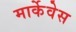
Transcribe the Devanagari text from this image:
मार्केवेस